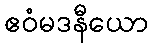
ဧဝံမဒနီယော